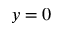
y = 0